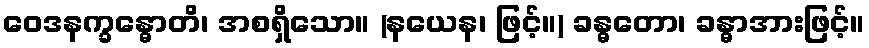
ဝေဒနက္ခန္ဓောတိ၊ အစရှိသော။ (နယေန၊ ဖြင့်။) ခန္ဓတော၊ ခန္ဓာအားဖြင့်။